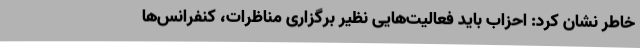
خاطر نشان کرد: احزاب باید فعالیت‌هایی نظیر برگزاری مناظرات، کنفرانس‌ها